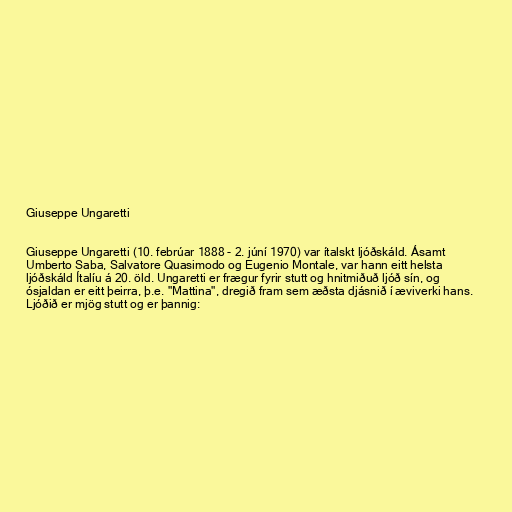
Giuseppe Ungaretti

Giuseppe Ungaretti (10. febrúar 1888 - 2. júní 1970) var ítalskt ljóðskáld. Ásamt
Umberto Saba, Salvatore Quasimodo og Eugenio Montale, var hann eitt helsta
ljóðskáld Ítalíu á 20. öld. Ungaretti er frægur fyrir stutt og hnitmiðuð ljóð sín, og
ósjaldan er eitt þeirra, þ.e. "Mattina", dregið fram sem æðsta djásnið í æviverki hans.
Ljóðið er mjög stutt og er þannig: